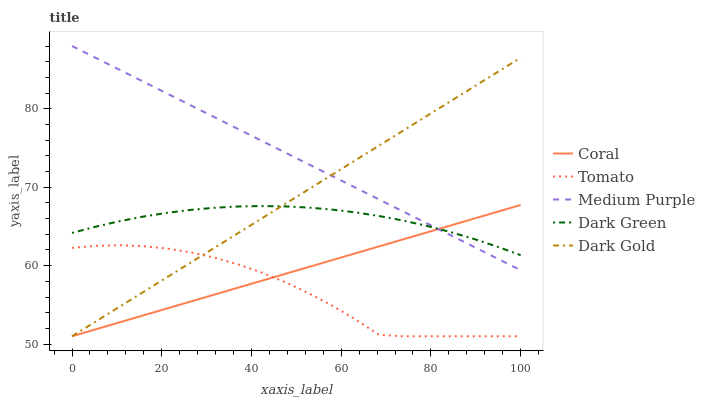
| xaxis_label | Coral | Tomato | Medium Purple | Dark Green | Dark Gold |
 | --- | --- | --- | --- | --- | --- |
 | 0 | 51 | 62.3 | 88 | 64.2 | 51 |
 | 5.26 | 51.9 | 62.5 | 86.5 | 65 | 52.9 |
 | 10.5 | 52.8 | 62.6 | 85 | 65.7 | 54.7 |
 | 15.8 | 53.6 | 62.5 | 83.5 | 66.2 | 56.6 |
 | 21.1 | 54.5 | 62.2 | 82 | 66.7 | 58.5 |
 | 26.3 | 55.4 | 61.7 | 80.5 | 67.1 | 60.3 |
 | 31.6 | 56.3 | 61 | 79 | 67.4 | 62.2 |
 | 36.8 | 57.2 | 60.2 | 77.5 | 67.5 | 64.1 |
 | 42.1 | 58 | 59.2 | 76 | 67.6 | 66 |
 | 47.4 | 58.9 | 57.9 | 74.5 | 67.6 | 67.8 |
 | 52.6 | 59.8 | 56.5 | 73 | 67.4 | 69.7 |
 | 57.9 | 60.7 | 54.9 | 71.5 | 67.2 | 71.6 |
 | 63.2 | 61.6 | 53.2 | 69.9 | 66.8 | 73.4 |
 | 68.4 | 62.5 | 51.2 | 68.4 | 66.3 | 75.3 |
 | 73.7 | 63.3 | 51 | 66.9 | 65.8 | 77.2 |
 | 78.9 | 64.2 | 51 | 65.4 | 65.1 | 79 |
 | 84.2 | 65.1 | 51 | 63.9 | 64.3 | 80.9 |
 | 89.5 | 66 | 51 | 62.4 | 63.4 | 82.8 |
 | 94.7 | 66.9 | 51 | 60.9 | 62.4 | 84.6 |
 | 100 | 67.7 | 51 | 59.4 | 61.3 | 86.5 |